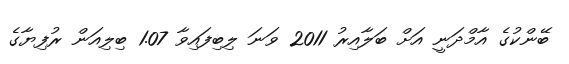
ބޭންކުގެ އާމްދަނީ އަށް ބަލާއިރު 2011 ވަނަ ލިބިފައިވާ 1.07 ބިލިއަން ރުފިޔާގެ